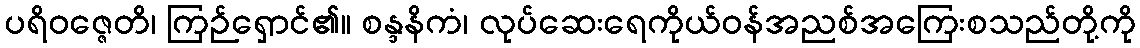
ပရိဝဇ္ဇေတိ၊ ကြဉ်ရှောင်၏။ စန္ဒနိကံ၊ လုပ်ဆေးရေကိုယ်ဝန်အညစ်အကြေးစသည်တို့ကို